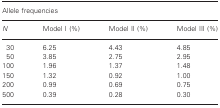
<table><thead><tr><td colspan="4"><b>Allele frequencies</b></td></tr><tr><td><b><i>N</i></b></td><td><b>Model I (%)</b></td><td><b>Model II (%)</b></td><td><b>Model III (%)</b></td></tr></thead><tbody><tr><td>30</td><td>6.25</td><td>4.43</td><td>4.85</td></tr><tr><td>50</td><td>3.85</td><td>2.75</td><td>2.95</td></tr><tr><td>100</td><td>1.96</td><td>1.37</td><td>1.48</td></tr><tr><td>150</td><td>1.32</td><td>0.92</td><td>1.00</td></tr><tr><td>200</td><td>0.99</td><td>0.69</td><td>0.75</td></tr><tr><td>500</td><td>0.39</td><td>0.28</td><td>0.30</td></tr></tbody></table>